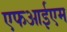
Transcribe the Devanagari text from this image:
एफआईएम